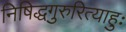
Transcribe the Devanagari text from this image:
निषिद्धगुरुरित्याहुः